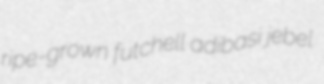
ripe-grown futchell adibasi jebel